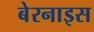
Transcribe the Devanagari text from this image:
बेरनाइस